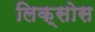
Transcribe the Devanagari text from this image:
लिक्सोस